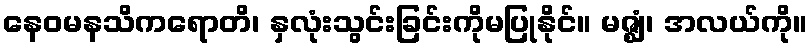
နေဝမနသိကရောတိ၊ နှလုံးသွင်းခြင်းကိုမပြုနိုင်။ မဇ္ဈံ၊ အလယ်ကို။